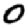
Digit: 0